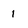
Character: 1